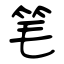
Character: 笔